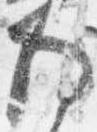
為